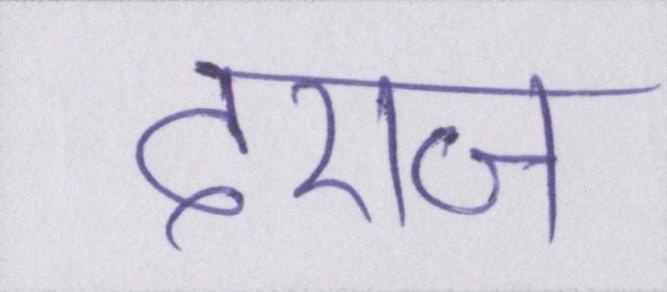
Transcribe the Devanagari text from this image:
दराज